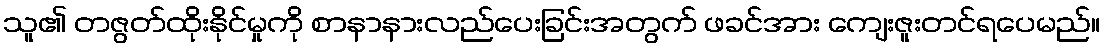
သူ၏ တဇွတ်ထိုးနိုင်မှုကို စာနာနားလည်ပေးခြင်းအတွက် ဖခင်အား ကျေးဇူးတင်ရပေမည်။